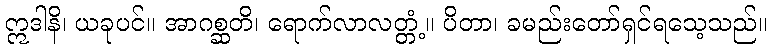
ဣဒါနိ၊ ယခုပင်။ အာဂစ္ဆတိ၊ ရောက်လာလတ္တံ့။ ပိတာ၊ ခမည်းတော်ရှင်ရသေ့သည်။